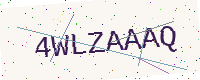
Text: 4WLZAAAQ